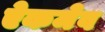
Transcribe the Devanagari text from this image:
ऐकमेव